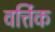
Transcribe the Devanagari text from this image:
वर्त्तिक